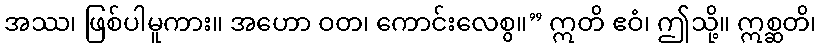
အဿ၊ ဖြစ်ပါမူကား။ အဟော ဝတ၊ ကောင်းလေစွ။” ဣတိ ဧဝံ၊ ဤသို့။ ဣစ္ဆတိ၊